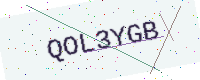
Text: QOL3YGB